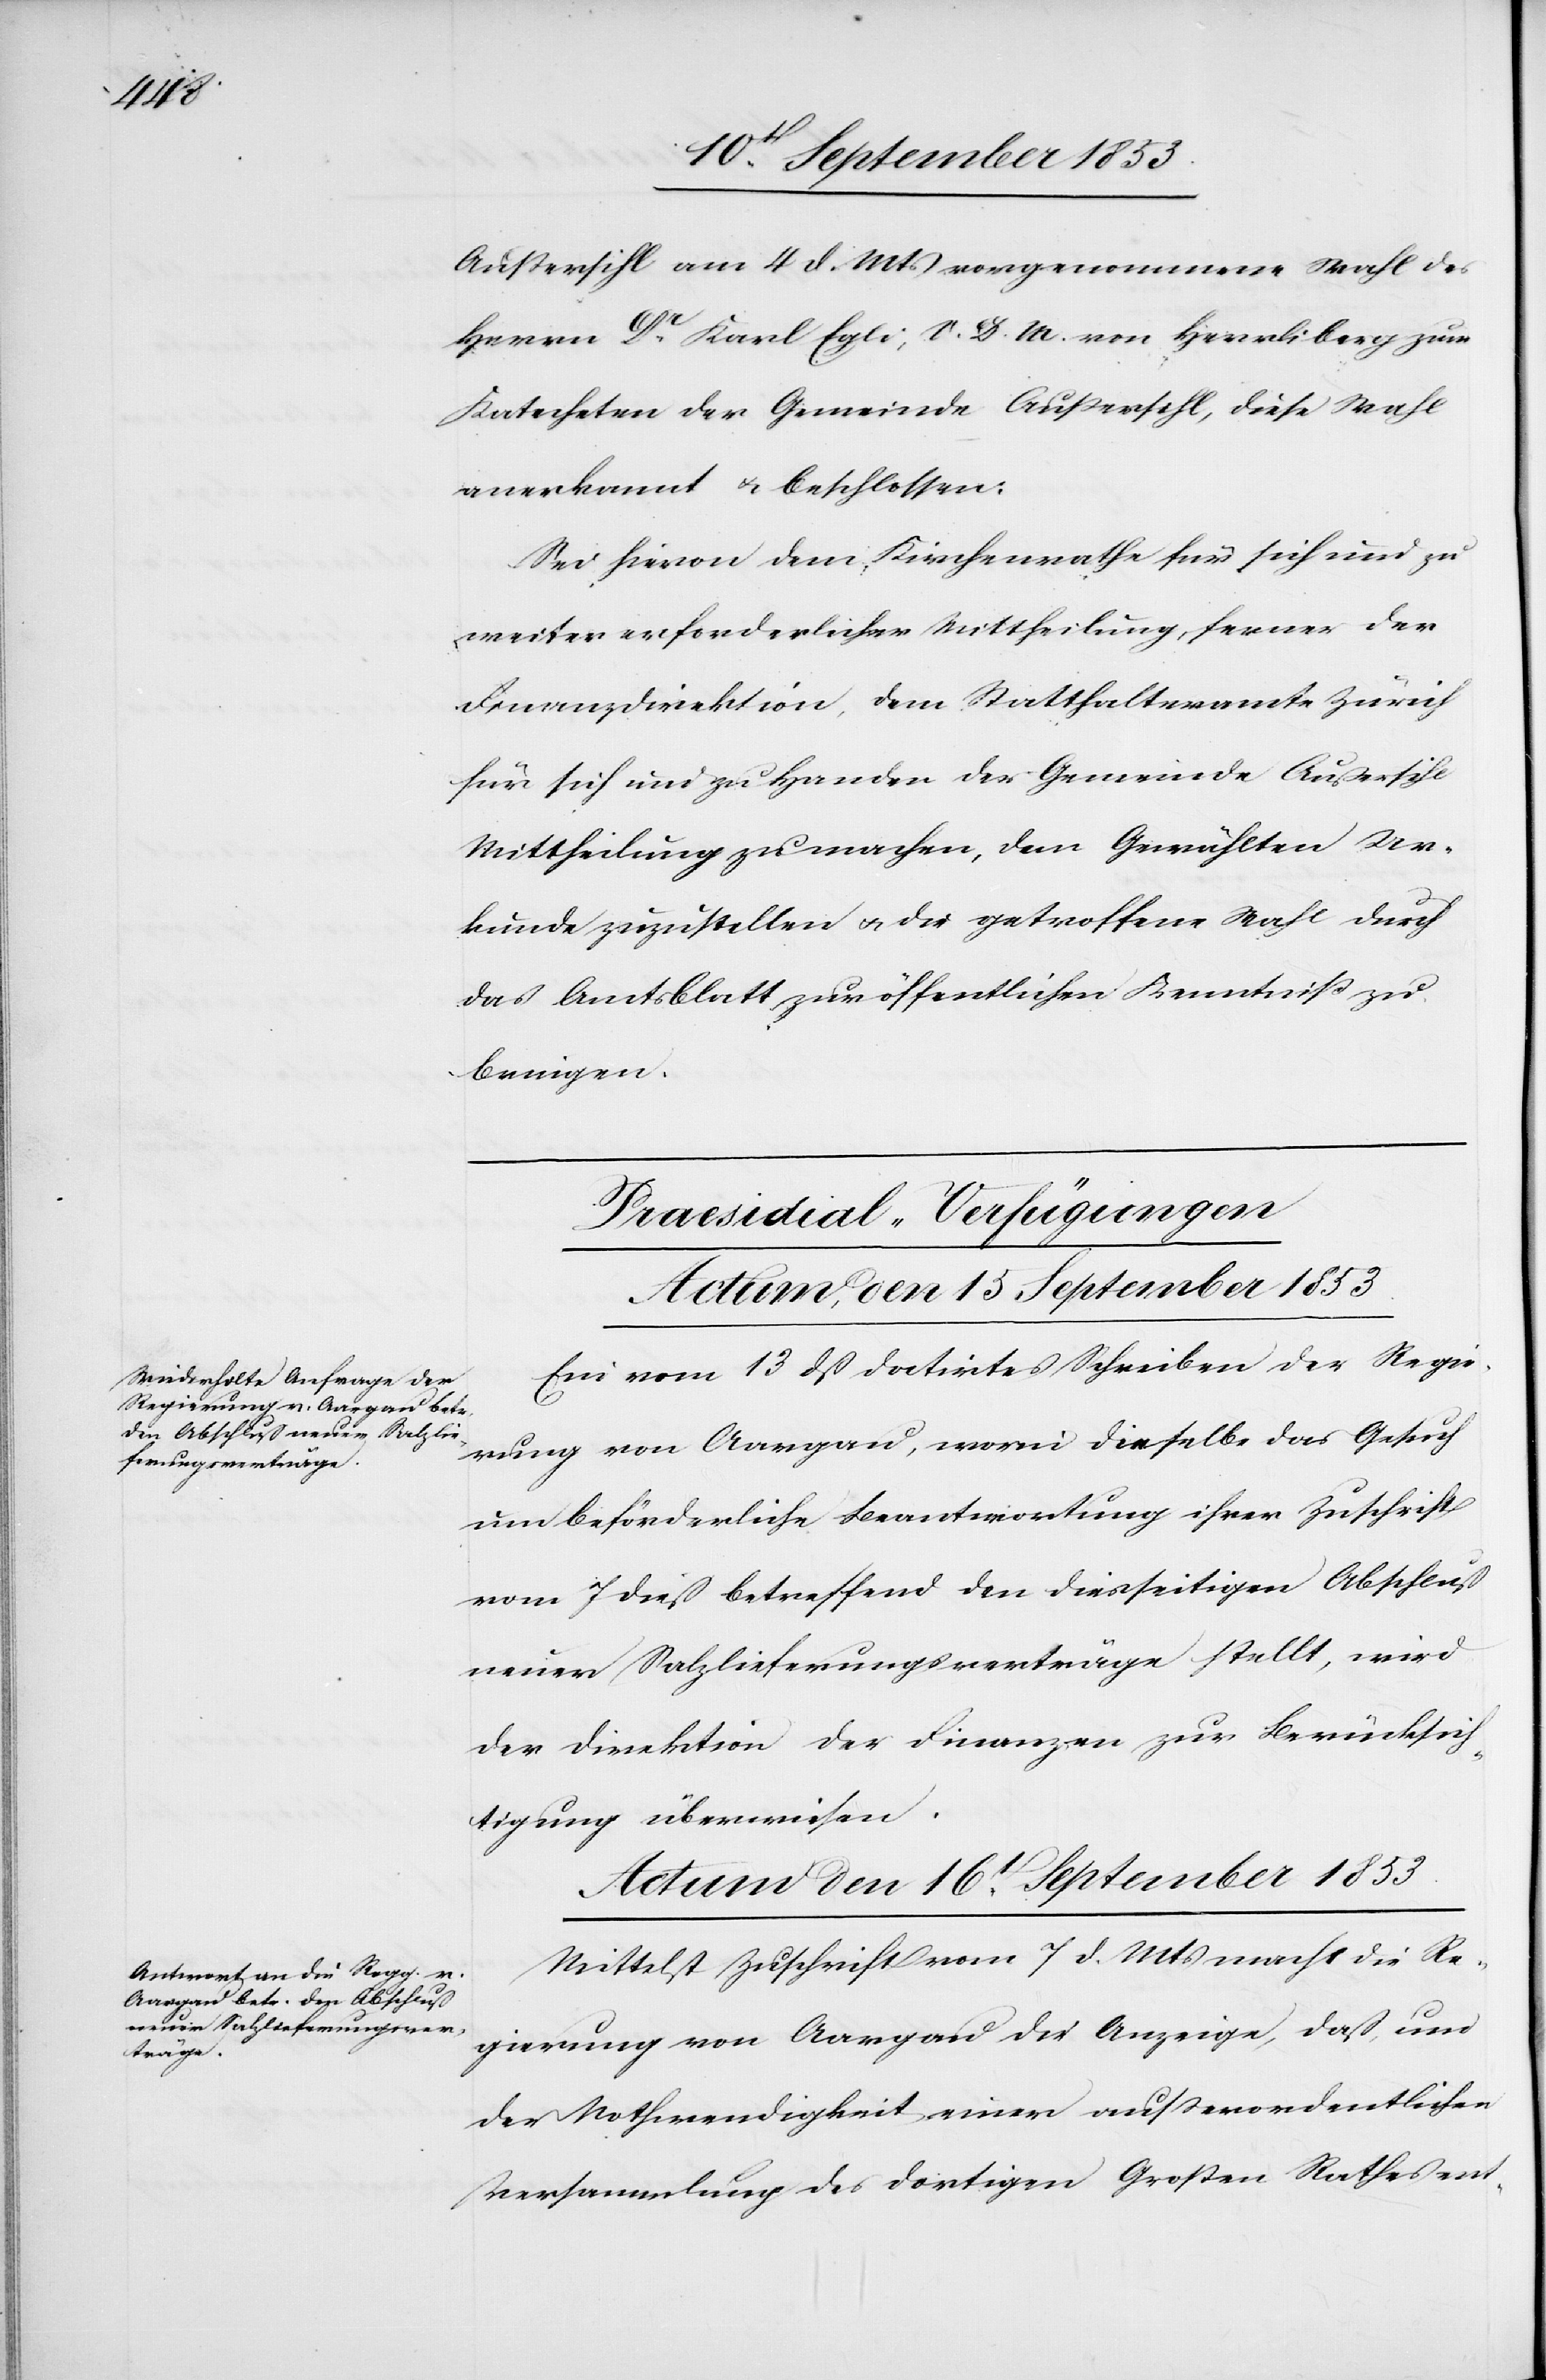
Außersihl am 4 d. Mts. vorgenommene Wahl des
Herrn Dr Karl Egli, S. D. M. von Herrliberg zum
Katecheten der Gemeinde Außersihl, diese Wahl
anerkannt u. beschlossen:
Sei hievon dem Kirchenrathe für sich und zu
weiter erforderlicher Mittheilung, ferner der
Finanzdirektion, dem Statthalteramte Zürich
für sich und zu Handen der Gemeinde Außersihl
Mittheilung zu machen, dem Gewählten Ur¬
kunde zuzustellen u. die getroffene Wahl durch
das Amtsblatt zur öffentlichen Kenntniß zu
bringen.
Praesidial-Verfügungen
Actum den 16t September 1853.
Ein vom 13 dß datirtes Schreiben der Regie¬
rung von Aargau, worin dieselbe das Gesuch
um beförderliche Beantwortung ihrer Zuschrift
vom 7 dieß betreffend den diesseitigen Abschluß
neuer Salzlieferungsverträge stellt, wird
der Direktion der Finanzen zur Berücksich¬
tigung überwiesen.
Mittelst Zuschrift vom 7 d. Mts. macht die Re¬
gierung von Aargau die Anzeige, daß, um
der Nothwendigkeit einer außerordentlichen
Versammlung des dortigen Großen Rathes ent-